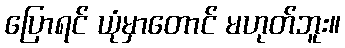
ပြောရင် ယုံမှာတောင် မဟုတ်ဘူး။